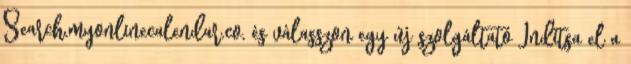
Search.myonlinecalendar.co, és válasszon egy új szolgáltató Indítsa el a